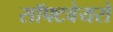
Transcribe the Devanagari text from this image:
सॉफ्टवेयरो